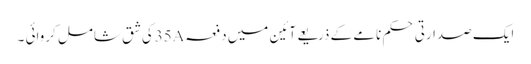
ایک صدارتی حکم نامے کے ذریعے آئین میں دفعہ35Aکی شق شامل کروائی ۔